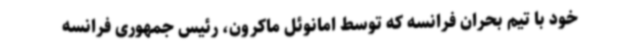
خود با تیم بحران فرانسه که توسط امانوئل ماکرون، رئیس جمهوری فرانسه